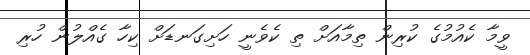
ވީމާ ކެއުމުގެ ކުރިން ތިމާއަށް ތި ކެވެނީ ހަށިގަނޑަށް ކިހާ ގެއްލުން ހުރި